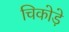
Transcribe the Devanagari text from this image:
चिकोड़े